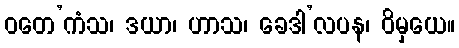
ဝတေ’ကံသ၊ ဒယာ၊ ဟာသ၊ ခေဒါ’လပန၊ ဝိမှယေ။